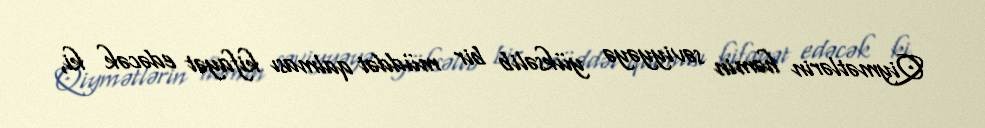
Qiymətlərin həmin səviyyəyə yüksəlib bir müddət qalması kifayət edəcək ki,